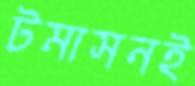
টমাসনই